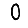
Digit: 0